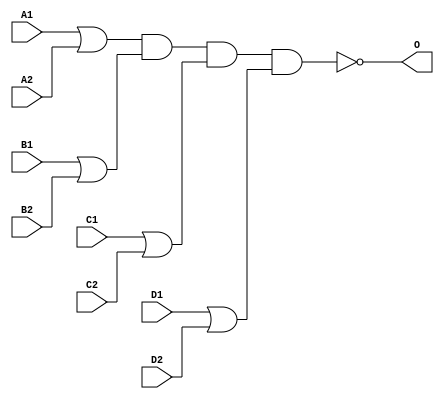
module AG2222A(A1, A2, B1, B2, C1, C2, D1, D2, O);
input   A1;
input   A2;
input   B1;
input   B2;
input   C1;
input   C2;
input   D1;
input   D2;
output  O;
or g0(w0, A1, A2);
or g1(w3, B1, B2);
or g2(w6, C1, C2);
or g3(w9, D1, D2);
nand g4(O, w0, w3, w6, w9);
endmodule